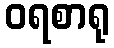
ဝရစာရု